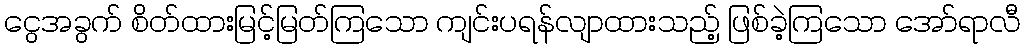
ငွေအခွက် စိတ်ထားမြင့်မြတ်ကြသော ကျင်းပရန်လျာထားသည့် ဖြစ်ခဲ့ကြသော အော်ရာလီ